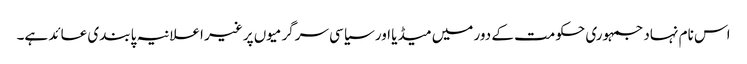
اس نام نہاد جمہوری حکومت کے دور میں میڈیا اور سیاسی سرگرمیوں پر غیر اعلانیہ پابندی عائد ہے۔